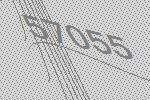
57055